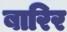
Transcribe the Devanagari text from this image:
बारिर